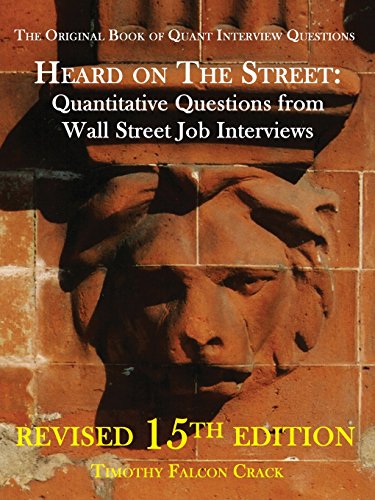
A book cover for Heard on the Street: Quantitative Questions from Wall Street Job Interviews; Timothy Falcon Crack; Business & Money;